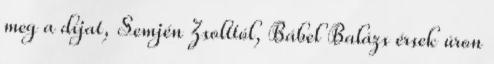
meg a díjat, Semjén Zsolttól, Bábel Balázs érsek úron